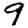
Digit: 9